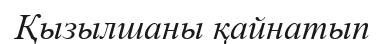
Қызылшаны қайнатып